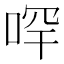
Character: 𠳾